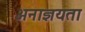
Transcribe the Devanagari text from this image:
अनाज्ञयता